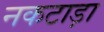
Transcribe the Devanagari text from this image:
नकटाड़ा